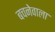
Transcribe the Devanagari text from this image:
बचनेवाला